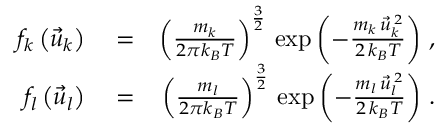
\begin{array} { r l r } { f _ { k } \left( \vec { u } _ { k } \right) } & { { } = } & { \left( \frac { m _ { k } } { 2 \pi k _ { B } T } \right) ^ { \frac { 3 } { 2 } } \, \exp \left( - \frac { m _ { k } \, \vec { u } _ { k } ^ { \, 2 } } { 2 \, k _ { B } T } \right) \, , } \\ { f _ { l } \left( \vec { u } _ { l } \right) } & { { } = } & { \left( \frac { m _ { l } } { 2 \pi k _ { B } T } \right) ^ { \frac { 3 } { 2 } } \, \exp \left( - \frac { m _ { l } \, \vec { u } _ { l } ^ { \, 2 } } { 2 \, k _ { B } T } \right) \, . } \end{array}